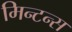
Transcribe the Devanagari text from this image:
मिन्टन्स